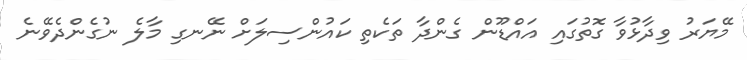
މޭޔަރު ވިދާޅުވާ ގޮތުގައި އައްޑޫން ގެންދާ ތަކެތި ކައުންސިލަށް ނޭނގި މާލެ ނުގެންދެވޭނެ